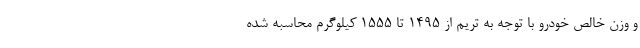
و وزن خالص خودرو با توجه به تریم از 1495 تا 1555 کیلوگرم محاسبه شده